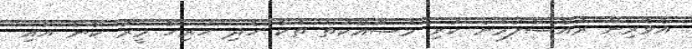
އެވެރިން ރުއްސާލުމަށް ކުރި މަސަައްކަތް ތަކާ ހެދި ހުރިހާ މީރު ކާނާ އާއި